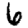
Digit: 6